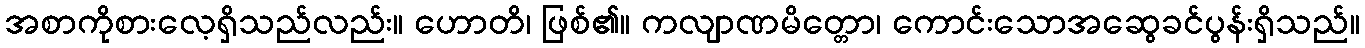
အစာကိုစားလေ့ရှိသည်လည်း။ ဟောတိ၊ ဖြစ်၏။ ကလျာဏမိတ္တော၊ ကောင်းသောအဆွေခင်ပွန်းရှိသည်။